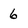
Character: 6